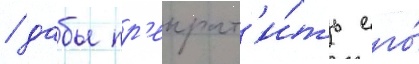
/ дабы пр'екрат'и́ть его́